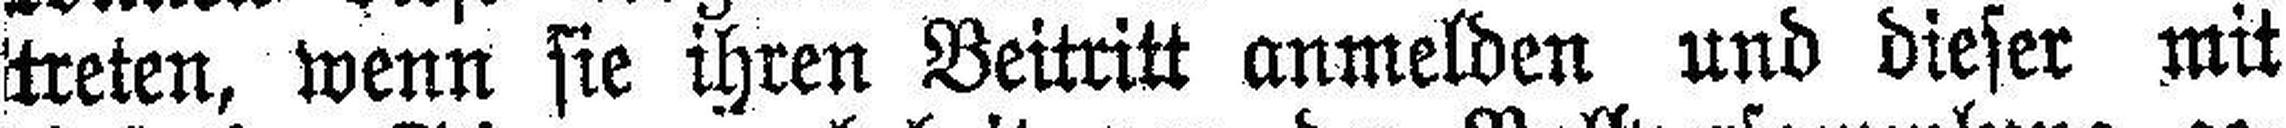
treten, wenn sie ihren Beitritt anmelden und dieser mit